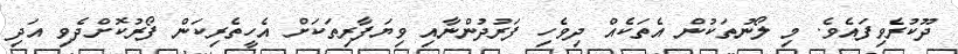
ދޫކުރެވިފައެވެ. މި ލޯނުތަކުން އެތަކެއް ދިވެހި ފަރުދުންނާއި ވިޔަފާރިތަކަށް އެހީތެރިކަން ފޯރުކޮށްދެވި އަދި